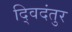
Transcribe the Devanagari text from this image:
द्विदंतुर